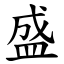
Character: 盛